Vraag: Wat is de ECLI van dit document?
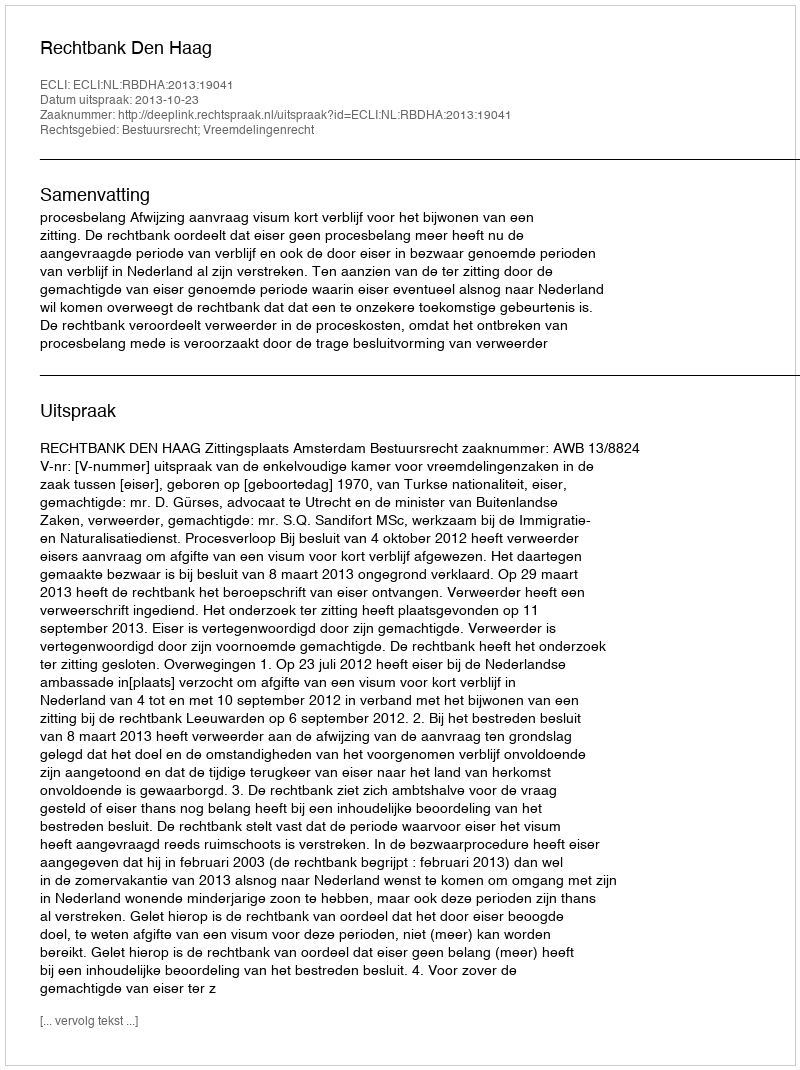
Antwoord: ECLI:NL:RBDHA:2013:19041